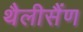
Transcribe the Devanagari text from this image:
थैलीसैंण